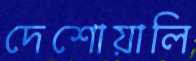
দেশোয়ালি